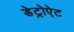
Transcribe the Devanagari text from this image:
डेट्रोऐट